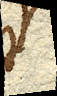
est